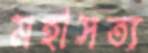
মহাসত্য